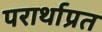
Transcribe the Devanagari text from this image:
परार्थाप्रत